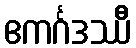
ဧကင်္ဂဒဿီ